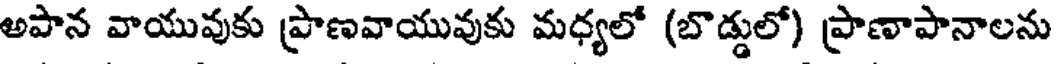
అపాన వాయువుకు ప్రాణవాయువుకు మధ్యలో (బొడ్డులో) ప్రాణాపానాలను